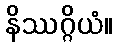
နိဿဂ္ဂိယံ။